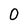
Character: 0